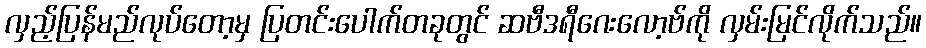
လှည့်ပြန်မည်လုပ်တော့မှ ပြတင်းပေါက်တခုတွင် ဆဗီဒရီဂေးလော့ဗ်ကို လှမ်းမြင်လိုက်သည်။